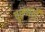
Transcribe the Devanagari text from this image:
पुरुषही